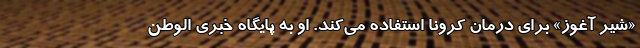
«شیر آغوز» برای درمان کرونا استفاده می‌کند. او به پایگاه خبری الوطن